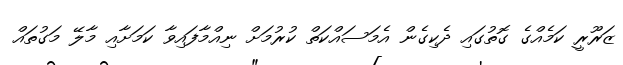
ޒަރޫރީ ކަމެއްގެ ގޮތުގައި ދެކިގެން އެމަސައްކަތް ކުރުމަށް ނިއްމާފައިވާ ކަމަށާއި މާލޭ މަގުތައް